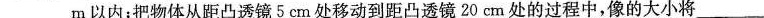
___m以内；把物体从距凸透镜5cm处移动到距凸透镜20cm处的过程中，像的大小将___